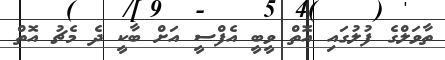
ތާވަލްގެ ފުލުގައި އޮތް ވީބީ އެފްސީ އަށް ބާކީ ދެ މެޗު އޮތް